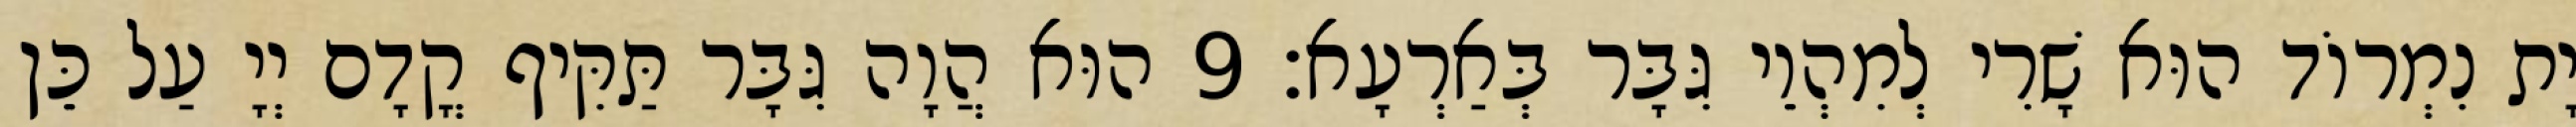
יָת נִמְרוֹד הוּא שָׁרִי לְמִהְוֵי גִּבָּר בְּאַרְעָא׃ 9 הוּא הֲוָה גִּבָּר תַּקִּיף קֳדָם יְיָ עַל כֵּן